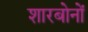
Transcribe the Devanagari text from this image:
शारबोनों